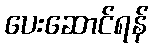
ပေးဆောင်ရန်